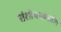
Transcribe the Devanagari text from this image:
संशोधनकार्यात